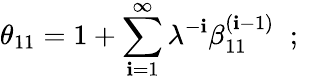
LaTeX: \theta_{11}=1+\sum_{\mathbf{i}=1}^{\infty}\lambda^{-\mathbf{i}}\beta_{11}^{(\mathbf{i}-1)}\; \; ;\; \;